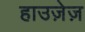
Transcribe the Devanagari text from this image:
हाउज़ेज़